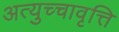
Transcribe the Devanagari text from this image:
अत्युच्चावृत्ति